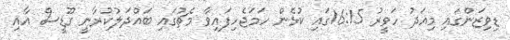
ޑިވިޒަންގައި މިއަދު ހަވީރު 16:15ގައި ކުޅެން ހަމަޖެހިފައިވާ މެޗުގައި ބައްދަލުކުރާނީ ގޫޑީސް އާއި